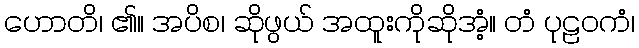
ဟောတိ၊ ၏။ အပိစ၊ ဆိုဖွယ် အထူးကိုဆိုအံ့။ တံ ပုဠဝကံ၊